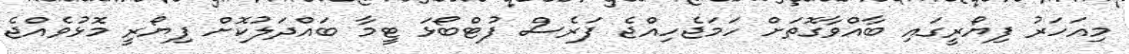
މިއަހަރު ފިޔޯރީގައި ބާއްވާގޮތަށް ހަމަޖެހިއްޖެ ފަރެސް ފުޓްބޯޅަ ޓީމާ ބައްދަލުކޮށް ފިޔޯރީ މޮޅުވެއްޖެ